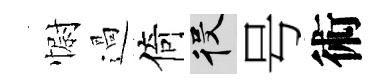
𢠢過倚役号術